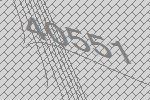
40551